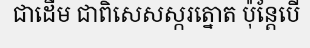
ជាដើម ជាពិសេសស្ករត្នោត ប៉ុន្តែបើ